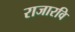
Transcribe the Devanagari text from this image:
राजारवि